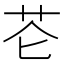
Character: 𰰨